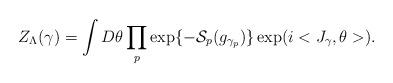
LaTeX: \begin{align*}Z_{\Lambda}(\gamma ) = \int D\theta \prod_p \exp\{-{\cal S}_{p}(g_{\gamma_{p}}) \}\exp (i<J_\gamma,\theta >).\end{align*}